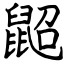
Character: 鼦